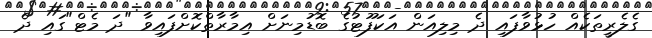
ގެލެރީތަކެއް ހުޅުވާފައި ދެ މިލިއަން އަކަފޫޓުގެ ބޮޑުމިނަށް އިމާރާތްކޮށްފައިވާ "ދަ މެޓް"ގައި ދެ